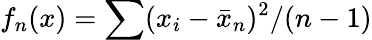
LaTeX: f_{n}(x)=\sum(x_{i}-{\bar{x}}_{n})^{2}/(n-1)